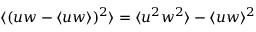
\langle ( u w - \langle u w \rangle ) ^ { 2 } \rangle = \langle u ^ { 2 } w ^ { 2 } \rangle - \langle u w \rangle ^ { 2 }